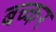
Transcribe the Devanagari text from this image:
बच्कर